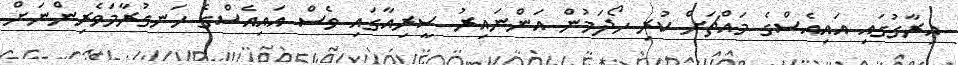
އިރާގުގައި އައިއެސްގެ މައްޗަށް ކުރި ހޯދަމުން އަންނައިރު ސީރިއާގައި ވެސް އައިއެސްގެ ހަނގުރާމަވެރިންނަށް